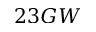
2 3 G W